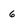
Character: 6